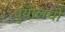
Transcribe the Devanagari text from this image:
पुयोलची